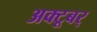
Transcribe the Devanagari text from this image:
अक्टूबर्